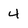
Character: 4